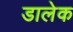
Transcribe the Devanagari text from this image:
डालेक